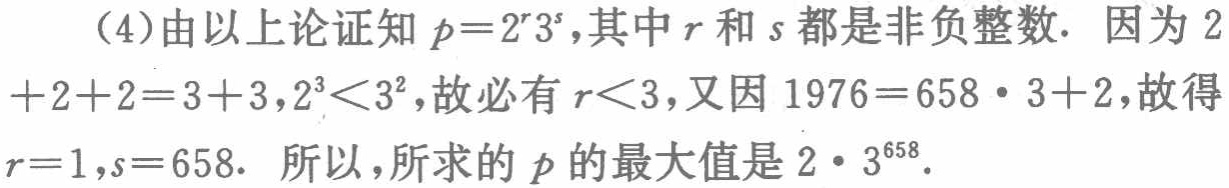
（4）由以上论证知 \(p = 2^{r}3^{s}\)，其中 \(r\) 和 \(s\) 都是非负整数. 因为 \(2 + 2+2 = 3 + 3\)，\(2^{3}<3^{2}\)，故必有 \(r<3\)，又因 \(1976 = 658\cdot3 + 2\)，故得 \(r = 1\)，\(s = 658\). 所以，所求的 \(p\) 的最大值是 \(2\cdot3^{658}\).